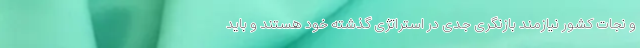
و نجات کشور نیازمند بازنگری جدی در استراتژی گذشته خود هستند و باید